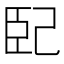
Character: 𭘍